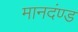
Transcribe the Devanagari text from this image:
मानदंण्ड